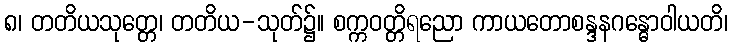
၈၊ တတိယသုတ္တေ၊ တတိယ-သုတ်၌။ စက္ကဝတ္တိရညော ကာယတောစန္ဒနဂန္ဓောဝါယတိ၊